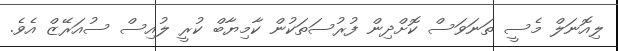
ލިއޮނަލް މެސީ ތަނަވަސް ކޮށްދިން ފުރުސަތަކުން ކާމިޔާބް ކުރީ ލުއިސް ސުއަރޭޒް އެވެ.